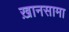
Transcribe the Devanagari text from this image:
ख़ानसामा